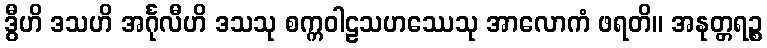
ဒွီဟိ ဒသဟိ အင်္ဂုလီဟိ ဒသသု စက္ကဝါဠသဟဿေသု အာလောကံ ဖရတိ။ အနုတ္တရဉ္စ